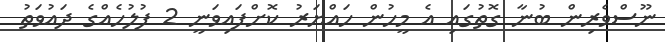
ނޫސްވެރިން ބުނާ ގޮތުގައި އެ މީހުން ހައްޔަރު ކޮށްފައިވަނީ 2 ފުލުހެއްގެ ދައުވަތު